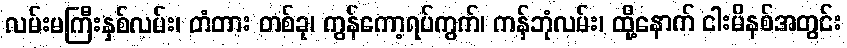
လမ်းမကြီးနှစ်လမ်း၊ တံတား တစ်ခု၊ ကွန်ကော့ရပ်ကွက်၊ ကန်ဘုံလမ်း၊ ထို့နောက် ငါးမိနစ်အတွင်း